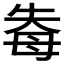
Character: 𭑐